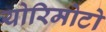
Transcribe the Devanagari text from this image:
योरिमोटो